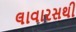
લાવારસથી